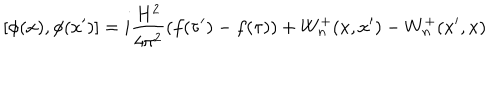
LaTeX: [ \phi ( x ) , \phi ( x ^ { \prime } ) ] = i \frac { H ^ { 2 } } { 4 \pi ^ { 2 } } ( f ( \tau ^ { \prime } ) - f ( \tau ) ) + W _ { n } ^ { + } ( x , x ^ { \prime } ) - W _ { n } ^ { + } ( x ^ { \prime } , x )